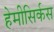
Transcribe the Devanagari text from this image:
हेमीसिर्कस